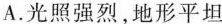
A.光照强烈，地形平坦